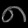
Digit: ၈